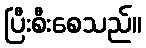
ပြီးစီးစေသည်။